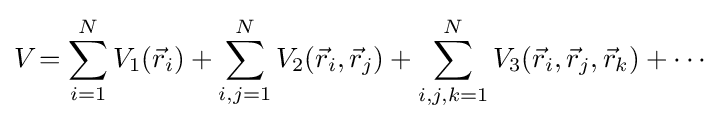
V_{\mathrm {} }=\sum _{i=1}^{N}V_{1}({\vec {r}}_{i})+\sum _{i,j=1}^{N}V_{2}({\vec {r}}_{i},{\vec {r}}_{j})+\sum _{i,j,k=1}^{N}V_{3}({\vec {r}}_{i},{\vec {r}}_{j},{\vec {r}}_{k})+\cdots